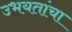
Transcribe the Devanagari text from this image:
उभयतांचा